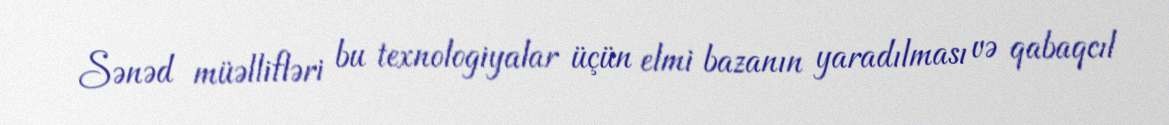
Sənəd müəllifləri bu texnologiyalar üçün elmi bazanın yaradılması və qabaqcıl